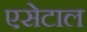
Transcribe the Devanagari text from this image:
एसेटाल